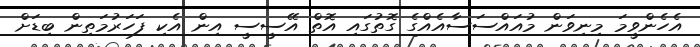
އެހެންވީމަ މިނިވަން މުއައްސަސާއެއްގެ ގޮތުގައި އޮތް އޭސީސީ އިން އެކި ފަހަރުމަތިން ބިޑަށް